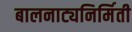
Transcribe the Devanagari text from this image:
बालनाट्यनिर्मिती